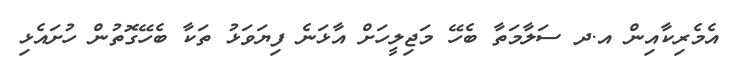
އެމެރިކާއިން އ.ދ ސަލާމަތާ ބެހޭ މަޖިލީހަށް އާޅަނެ ފިޔަވަޅު ތަކާ ބެހޭގޮތުުން ހުށައެޅި